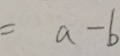
= a - b